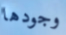
وجودها